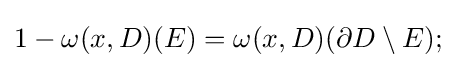
1-\omega (x,D)(E)=\omega (x,D)(\partial D\setminus E);